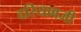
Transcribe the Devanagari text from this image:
दरियाबजी